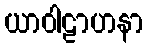
ယာဝါဠာဟနာ